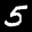
Label: 5